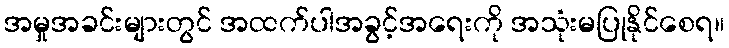
အမှုအခင်းများတွင် အထက်ပါအခွင့်အရေးကို အသုံးမပြုနိုင်စေရ။